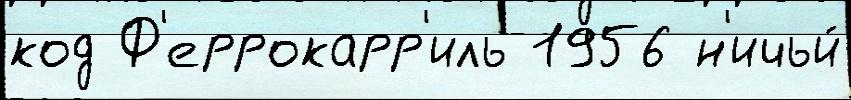
код Ф'еррокарр'иль 1956 н'ичьи́